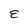
Character: E